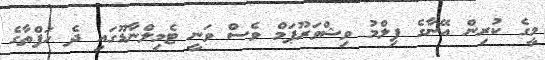
މީގެ ކުރިން އޭނާގެ ފިލްމު ވިޝްވަރޫޕަމް ވެސް ވަނީ ޓެމިލްނާޑޫގައި ދެ ހަފްތާގެ